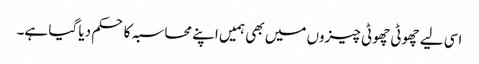
اسی لیے چھوٹی چھوٹی چیزوں میں بھی ہمیں اپنے محاسبہ کا حکم دیا گیا ہے۔